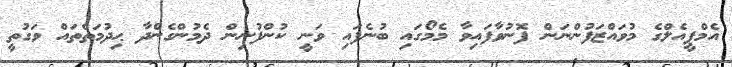
އެމްޕީއެލްގެ މުވައްޒަފުންނަން ފޮނުވާފައިވާ މެމޯގައި ބުނެފައި ވަނީ ކުންފުނިން ދެމުންގެންދާ ޙިދުމަތްތައް ވަގުތީ